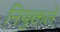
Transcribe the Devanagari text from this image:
नियुक्तले